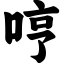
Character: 哼